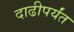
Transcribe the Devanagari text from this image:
दाढीपर्यंत